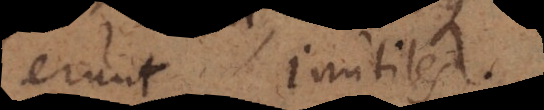
erunt inutiles.